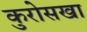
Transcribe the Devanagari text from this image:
कुरोसखा